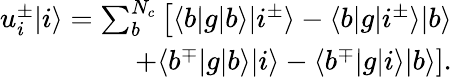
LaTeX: \begin{array}{r}{u_{i}^{\pm}|i\rangle=\sum_{b}^{N_{c}}\left[\langle b|g|b\rangle|i^{\pm}\rangle-\langle b|g|i^{\pm}\rangle|b\rangle\right.}\\ {\left.+\langle b^{\mp}|g|b\rangle|i\rangle-\langle b^{\mp}|g|i\rangle|b\rangle\right].}\end{array}